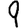
Digit: 9